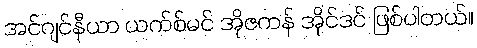
အင်ဂျင်နီယာ ယက်စ်မင် အိုဇကန် အိုင်ဒင် ဖြစ်ပါတယ်။